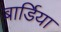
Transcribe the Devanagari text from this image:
बार्डिया